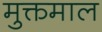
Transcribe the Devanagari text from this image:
मुक्तमाल